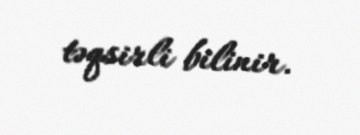
təqsirli bilinir.